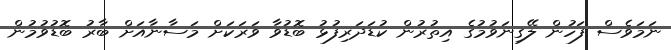
ނަމަވެސް ފަހުން ލޭގިނަވުމުގެ އިތުރުން ކުޑަދަރިފުޅު ބޮޑުވާ ވަރަކަށް މަސާނާއަށް ބާރު ބޮޑުވުމުން